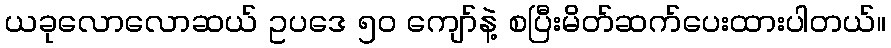
ယခုလောလောဆယ် ဥပဒေ ၅၀ ကျော်နဲ့ စပြီးမိတ်ဆက်ပေးထားပါတယ်။